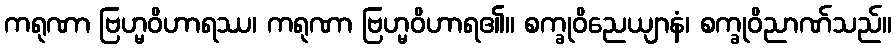
ကရုဏာ ဗြဟ္မဝိဟာရဿ၊ ကရုဏာ ဗြဟ္မဝိဟာရ၏။ စက္ခုဝိညေယျာနံ၊ စက္ခုဝိညာဏ်သည်။